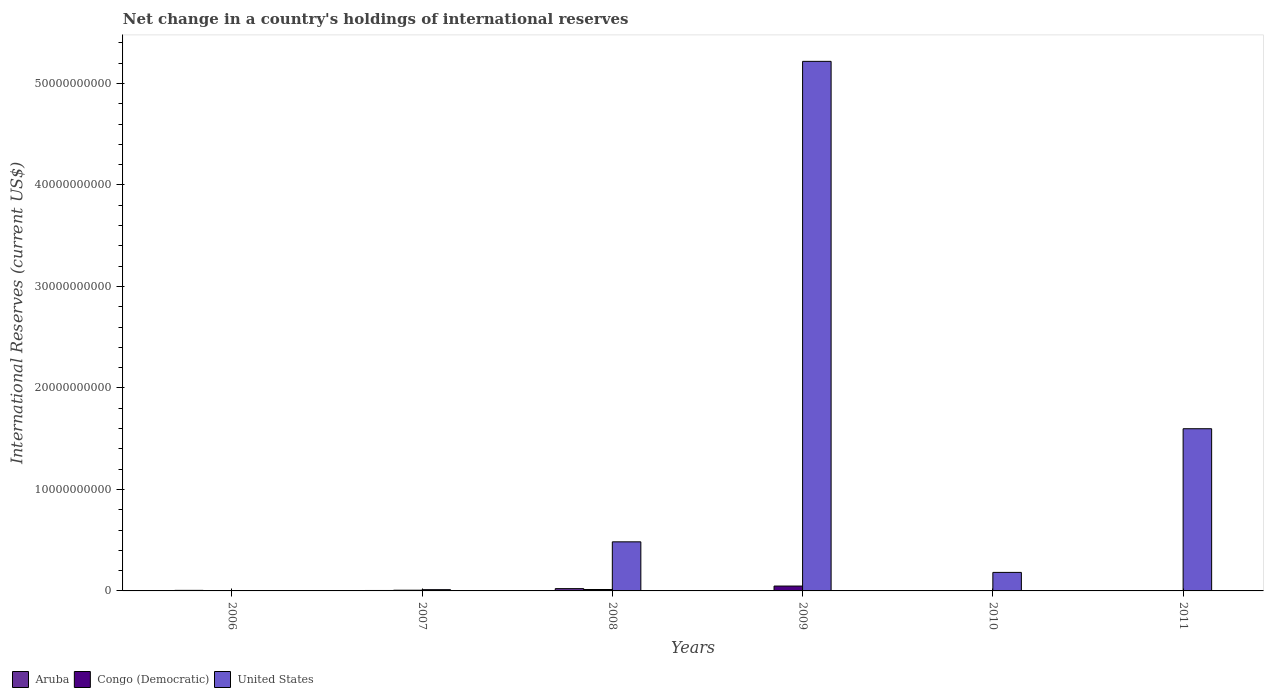
| Years | Aruba | Congo (Democratic) | United States |
 | --- | --- | --- | --- |
 | 2006 | 5.51e+07 | -1.18e+06 | -2.39e+09 |
 | 2007 | 4.32e+07 | 6.96e+07 | 1.24e+08 |
 | 2008 | 2.25e+08 | 1.39e+08 | 4.84e+09 |
 | 2009 | 3.42e+07 | 4.8e+08 | 5.22e+10 |
 | 2010 | -1.06e+07 | -1.06e+10 | 1.83e+09 |
 | 2011 | -3.63e+07 | -8.23e+07 | 1.6e+10 |